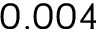
0 . 0 0 4